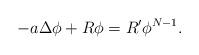
LaTeX: \begin{align*}-a \Delta \phi + R\phi = R'\phi^{N-1}.\end{align*}